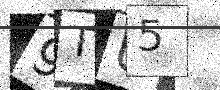
Text: 9TU5